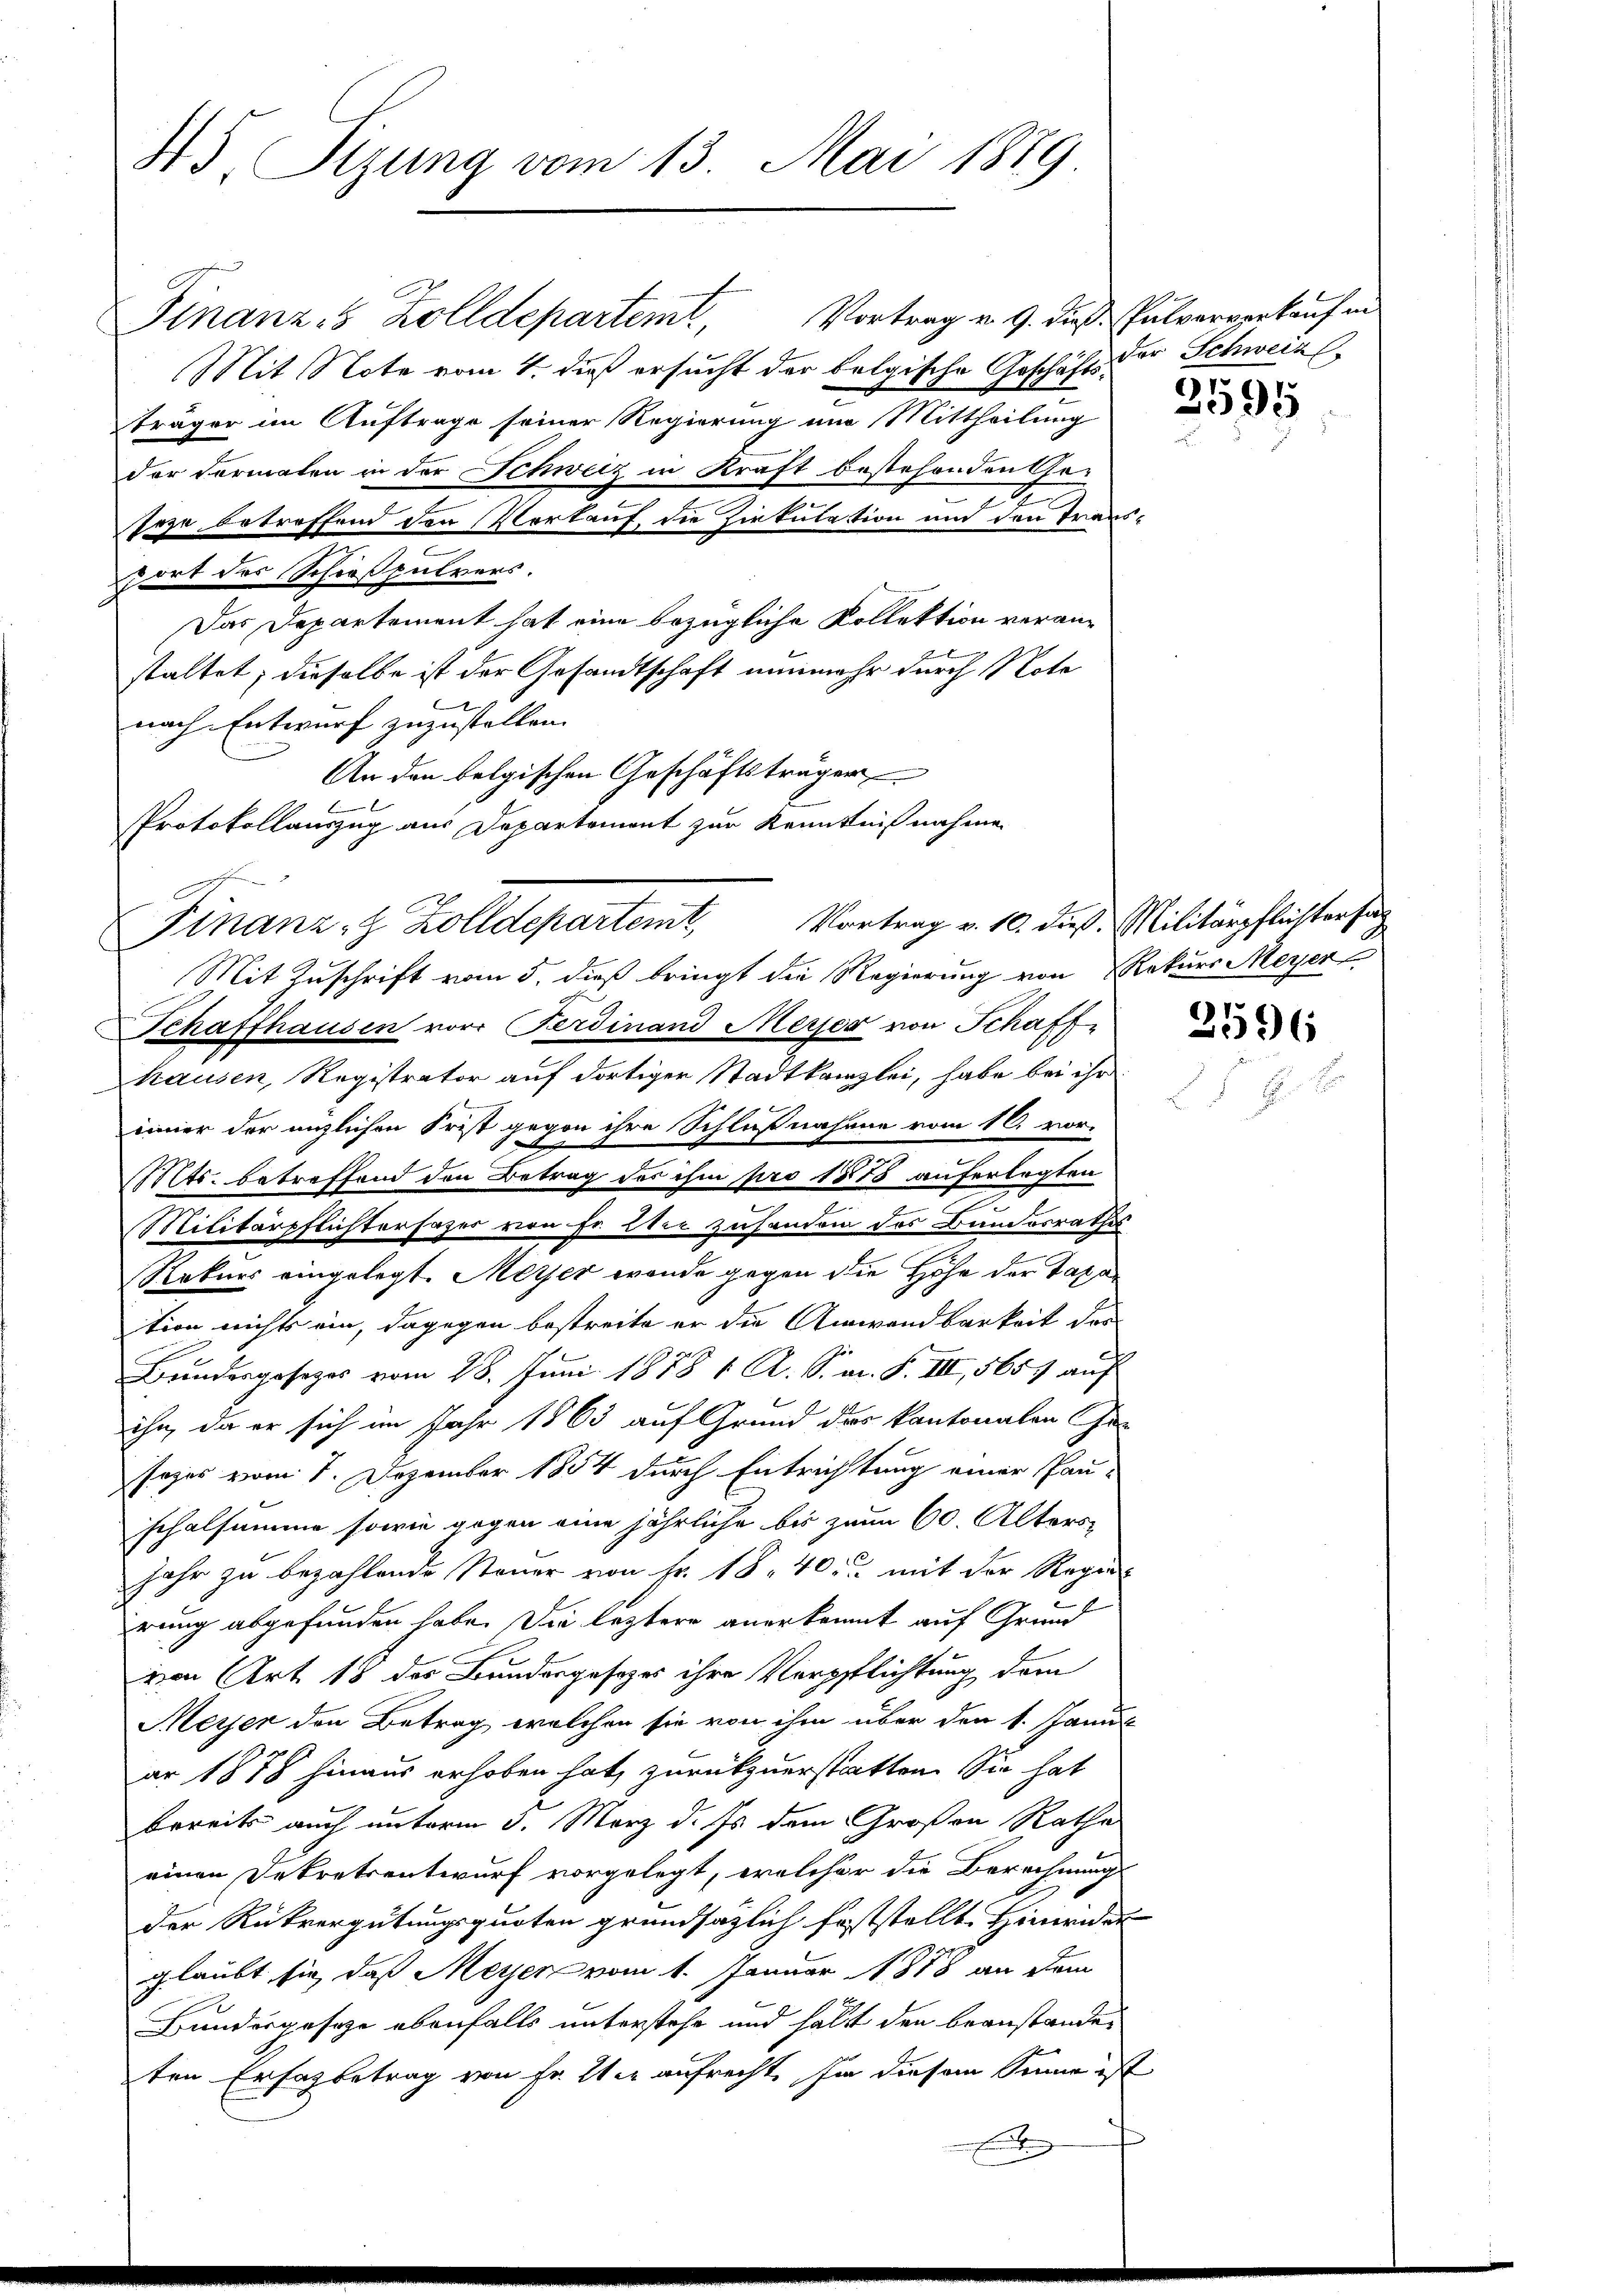
45. Sizung vom 13. Mai 1889

Finanz, 5 Zolldepartemt Vortrag v. 9. dieß. Pulververkauf in
Mit Note vom 4. dieß ersucht der belgische Geschäfts der Schweiz
träger im Auftrage seiner Regierung um Mittheilung
der Formalen in der Schweiz in Kraft bestehenden Ge-
z
seye betreffend den Vorkauf die Zirkulation und den Traus-
c
port des Schießpulvers.
Das Departement hat eine bezügliche Kollektion veranstaltet, dieselbe ist der Gesandtschaft nunmehr durch Note
nach Entwurf zuzustellen. |
hausen, Registrator auf dortiger Stadtkanzlei, habe bei ihr
inner der enzlichen Frist gegen ihre Schlußnahme vom 10. vor-
Mts. betreffend den Betrag des ihm pro 1873 auferlegten
Militärpflichtersazer von Fr. Wie zuhanden des Bundesrathes
Rekurs eingelegt. Meter wende gegen die Höhe der Taxation nichts ein, dagegen bestreite er die Anwandbarkeit des
Bundesgesezes vom 28. Juni 1858 1 R. S. m. S. III, 5659 auf
ihn, da er sich im Jahr 1863 auf Grund des kantonalen Ge-
sezes vom 7. Dezember 1854 durch Entrichtung einer Pau-
schalsumme sowie gegen eine jährliche bis zum 60. Alters¬
Jahr zu bezahlende Steuer von Fr. 18. 40. mit der Regier
erung abgefunden habe. Die leztere anerkennt auf Grund
von Art. 18 des Bundesgesezes ihre Verpflichtung dem
Meyer den Betrag, welchen sie von ihm über den 1. Janu
ar 1878 hinaus erhoben hat, zurückzuerstatten. Sie hat
bereits auch unterm 3. März d. Js. dem Großen Ratha
einen Dekretsentwurf vorgelegt, welcher die Berechnung
der Rückvergütungsquoten grundsätzlich feststellt. Hineider
glaubt sie, daß Meyer vom 1. Januar 1878 an dem
Bundergeseze ebenfalls unterstehe und hält den beanstandeten Erhalbetrag von Fr. 2ter aufrecht, sie diesem Sinne ist
.

An den belgischen Geschäftsträger
Protokollauszug aus Departemont zur Kenntnißnahme
Finanz-Z Zolldepartemt Vortrag v. 10. dieß. Militärpflichtersu
Mit Zuschrift vom 5. dieß bringt die Regierung von Rekurs Meyer
Schaffhausen vor Ferdinand Meyer von Schaff¬

3595

2596